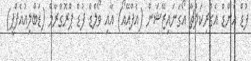
ފުޑް އެންޑް އެގްރިކަލްޗާ އޯގަނައިޒޭޝަން (އެފްއޭއޯ) އާއި ވޯލްޑް ފުޑް ޕްރޮގްރާމް (ޑަބްލިއުއެފްޕީ)